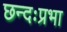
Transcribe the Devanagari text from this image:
छन्दःप्रभा